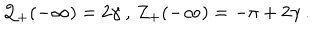
LaTeX: { \cal Q } _ { + } ( - \infty ) = 2 \gamma \: , \, Z _ { + } ( - \infty ) = - \pi + 2 \gamma \: .